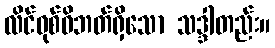
လိင်ဝုစ်ဝိဘတ်ရှိသော သဒ္ဒါတည်း။